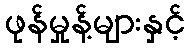
ဖုန်မှုန့်များနှင့်